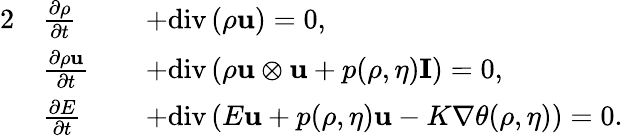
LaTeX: \begin{array}{rlrl}{{2}}&{\frac{\partial\rho}{\partial t}}&&{+\mathrm{div}\left(\rho\mathbf{u}\right)=0,}\\ &{\frac{\partial\rho\mathbf{u}}{\partial t}}&&{+\mathrm{div}\left(\rho\mathbf{u}\otimes\mathbf{u}+p(\rho,\eta)\mathbf{I}\right)=0,}\\ &{\frac{\partial E}{\partial t}}&&{+\mathrm{div}\left(E\mathbf{u}+p(\rho,\eta)\mathbf{u}-K\nabla\theta(\rho,\eta)\right)=0.}\end{array}